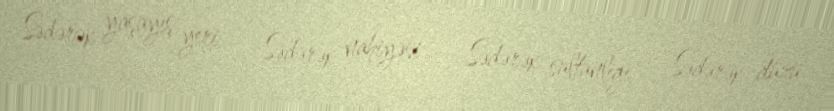
Sədərək yaşayış yeri — Sədərək nahiyəsi — Sədərək sultanlığı — Sədərək düzü